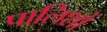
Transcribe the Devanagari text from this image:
पालिशों